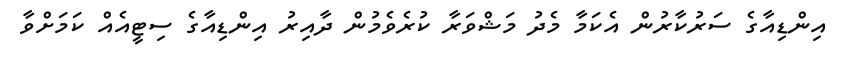
އިންޑިއާގެ ސަރުކާރުން އެކަމާ މެދު މަޝްވަރާ ކުރެވެމުން ދާއިރު އިންޑިއާގެ ސިޓީއެއް ކަމަށްވާ